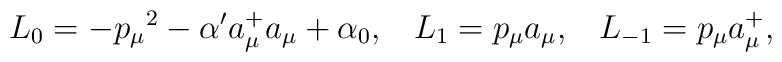
L_0 =-{p_{\mu}}^2-\alpha'a_\mu^+a_\mu+\alpha_0,\;\;\;L_1 = p_{\mu}a_{\mu},\;\;\; L_{-1}=p_{\mu}a_{\mu}^+,